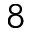
8